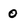
Character: 0